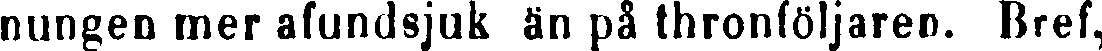
nungen mer afundsjuk än på thronföljaren. Bref,